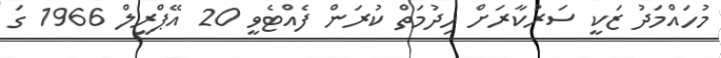
މުހައްމަދު ޒަކީ ސަރުކާރަށް ހިދުމަތް ކުރަން ފެއްޓެވީ 20 އޭޕްރީލް 1966 ގަ